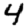
Digit: 4